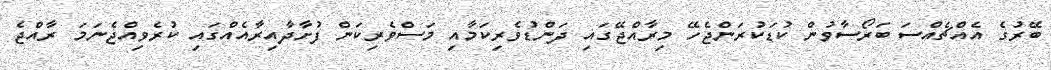
ބޭރުގެ އެއްޗެއްސަ ބަރޯސާވުން ކުޑަކުރަންޖެހޭ މިރާއްޖޭގައި ދަންޑުވެރިކަމާއި މަސްވެރިކަން ފުށާދާއިރާއެއްގައި ކުރެވިއްޖެނަމަ ރާއްޖެ